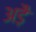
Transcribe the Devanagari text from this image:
अड़ै